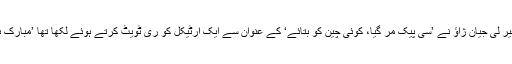
گذشتہ ماہ اگست میں چین کے اس وقت پاکستان میں نائب سفیر لی جیان ژاؤ نے ’سی پیک مر گیا، کوئی چین کو بتائے‘ کے عنوان سے ایک آرٹیکل کو ری ٹویٹ کرتے ہوئے لکھا تھا ’مبارک ہو اس رپورٹ نے ’جوک آف دی ڈے‘ کا ایوارڈ جیت لیا ہے۔